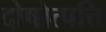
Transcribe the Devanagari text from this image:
दोषोत्पत्ति